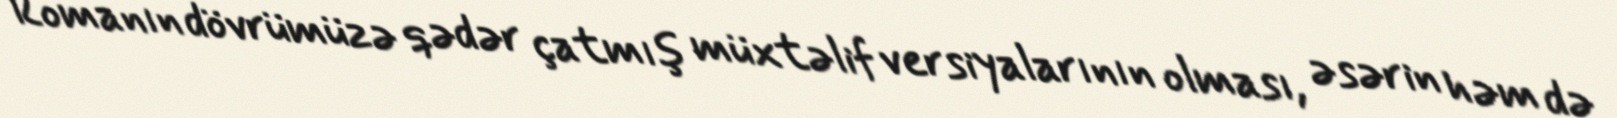
Romanın dövrümüzə qədər çatmış müxtəlif versiyalarının olması, əsərin həm də